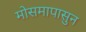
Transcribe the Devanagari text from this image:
मोसमापासुन